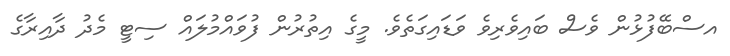
އސްބޭފުޅުން ވެސް ބައިވެރިވެ ވަޑައިގަތެވެ. މީގެ އިތުރުން ފުވައްމުލައް ސިޓީ މެދު ދާއިރާގެ